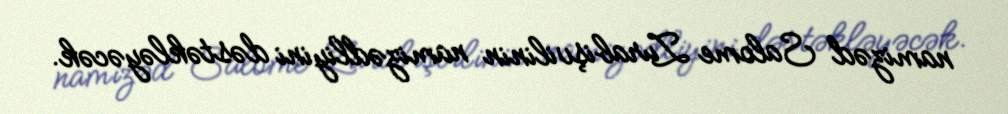
namizəd Salome Zurabişvilinin namizədliyini dəstəkləyəcək.